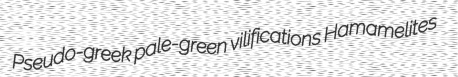
Pseudo-greek pale-green vilifications Hamamelites